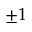
\pm 1